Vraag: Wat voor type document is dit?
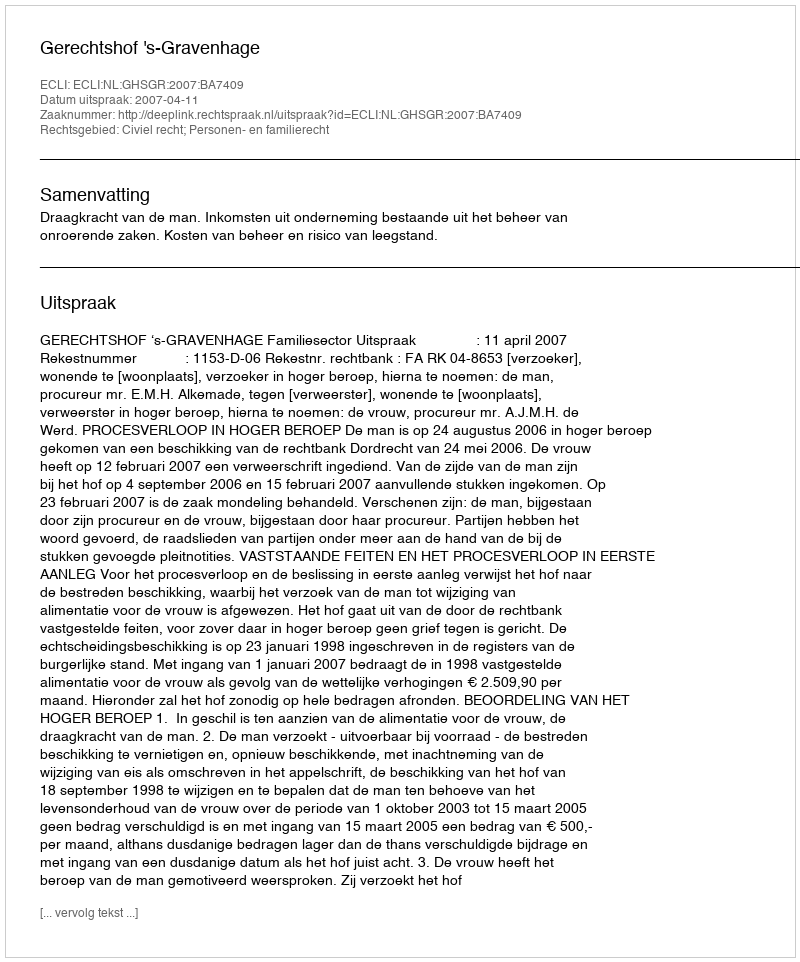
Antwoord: Uitspraak